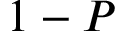
1 - P